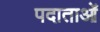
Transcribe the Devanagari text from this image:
पदाताओं